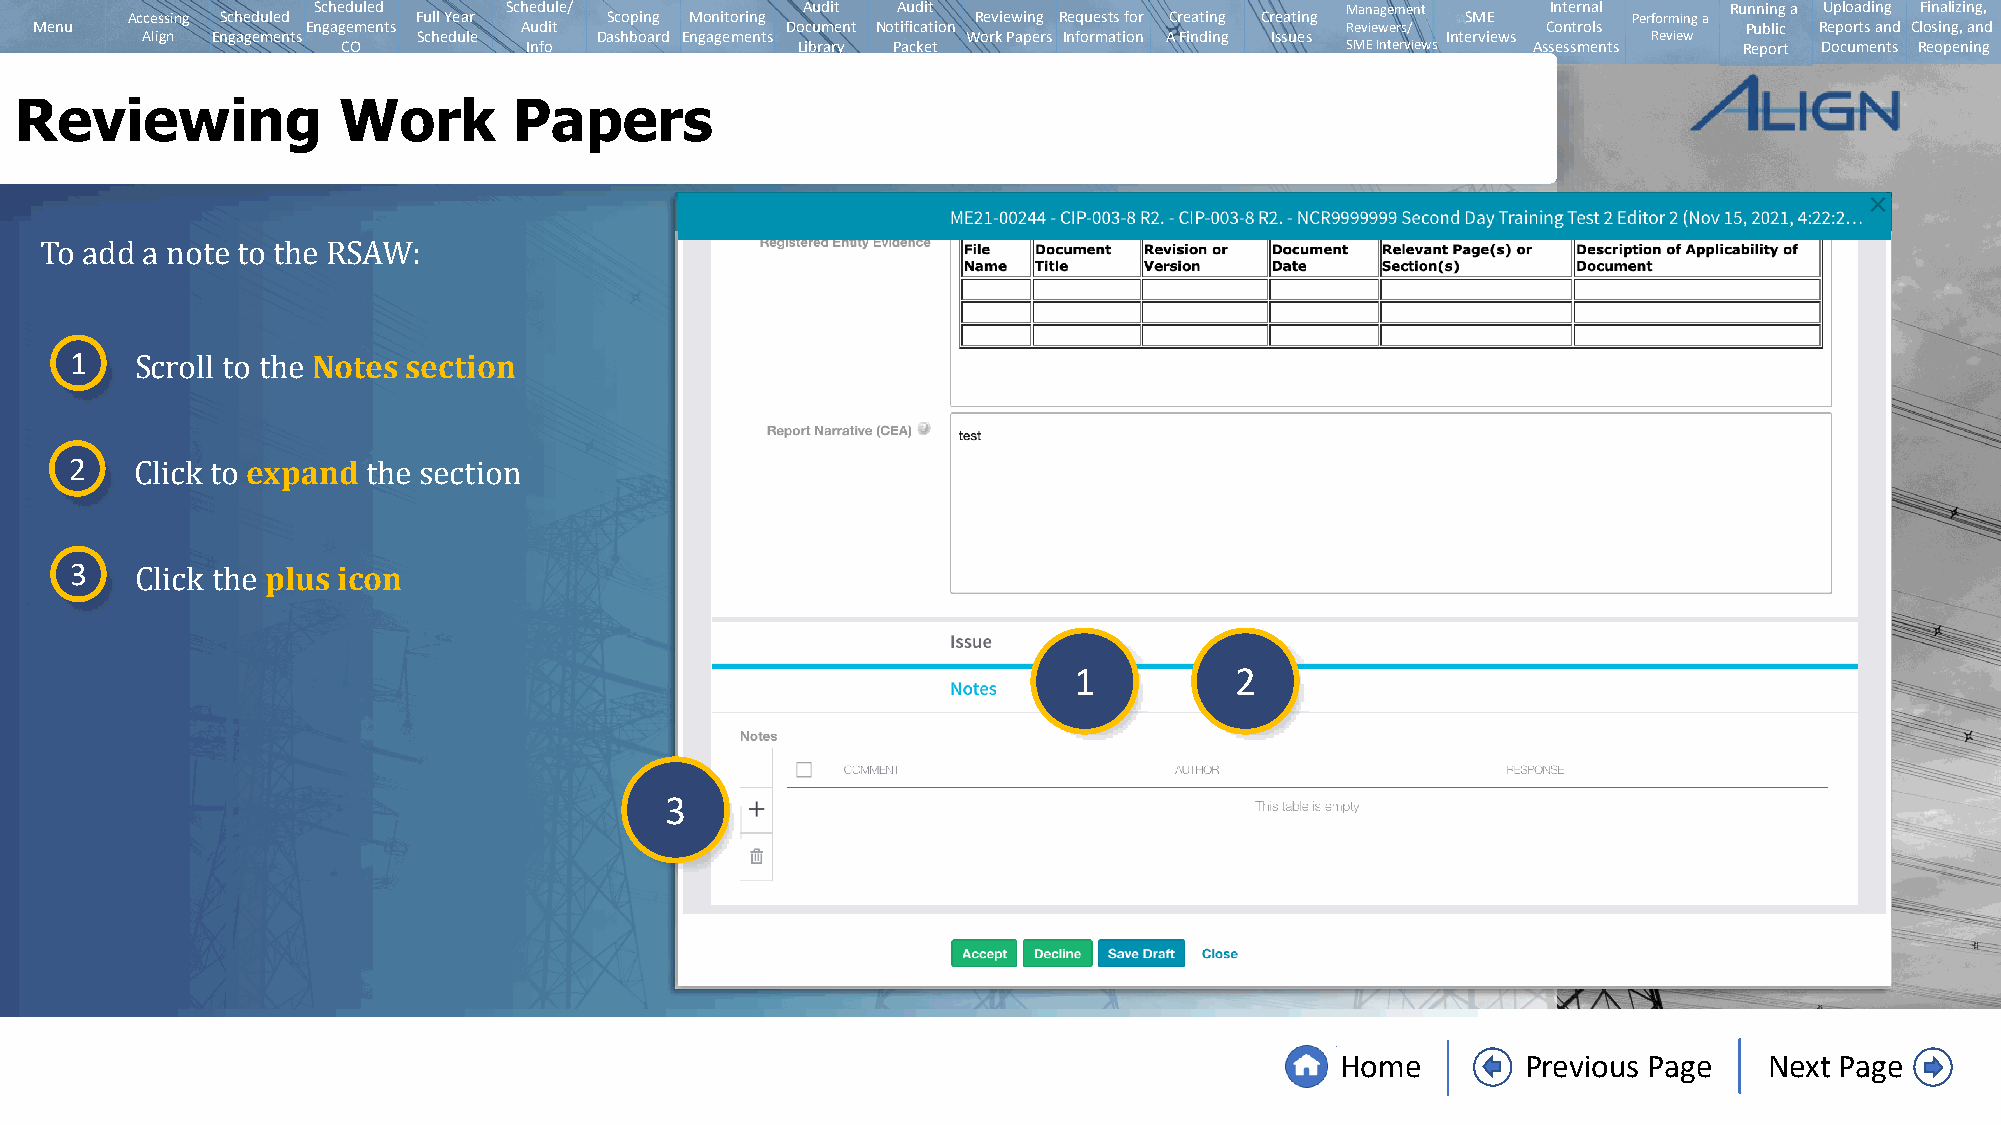
Scheduled   Schedule/           Audit Audit                         Management    Internal   Running a Uploading Finalizing,
 Accessing Scheduled Full Year   Scoping Monitoring       Reviewing Requests for Creating Creating SME Performing a
 Menu              Engagements   Audit             Document Notification                Reviewers/   Controls      Public Reports and Closing, and
 Align Engagements  Schedule   Dashboard Engagements    Work Papers Information A Finding Issues Interviews Review
 CO          Info              Library Packet                      SMEInterviews Assessments Report Documents Reopening
 Reviewing            Work        Papers
 To add a note to the RSAW:
 1               Notes section
 Scroll to the
 2          expand
 Click to       the section
 3            plus icon
 Click the
 1          2
 3
 Home        Previous Page   Next Page